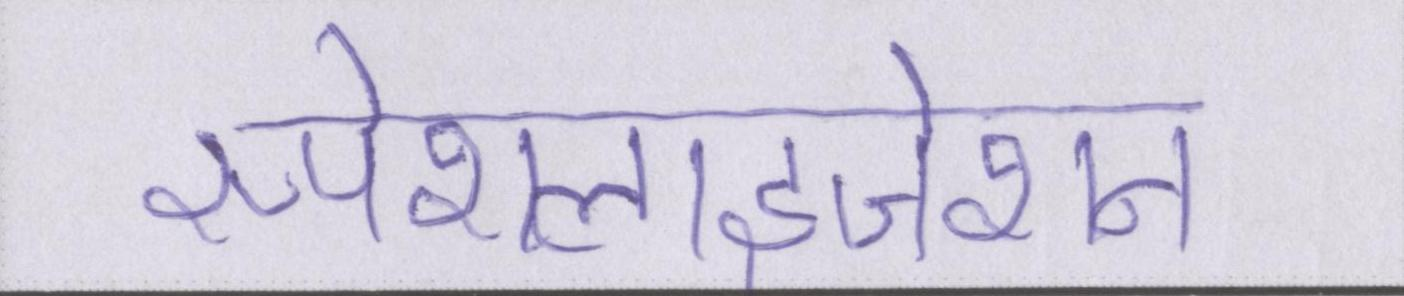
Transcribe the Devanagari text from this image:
स्पेशलाइजेशन